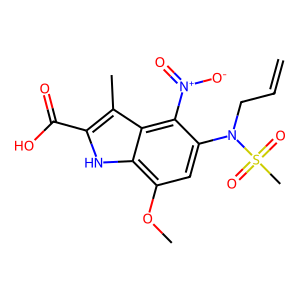
SMILES: C=CCN(c1cc(OC)c2[nH]c(C(=O)O)c(C)c2c1[N+](=O)[O-])S(C)(=O)=O
Inhibits HIV replication: No